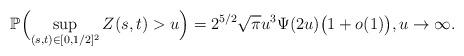
LaTeX: \begin{align*}\mathbb{P} \Bigl( \sup_{(s,t)\in[0,{1}/{2}]^2 } Z(s,t)> u \Bigr) =2^{{5}/{2}}\sqrt{\pi} u^3 \Psi(2u) \bigl(1+o(1)\bigr),u\rightarrow\infty.\end{align*}